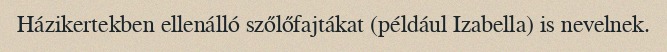
Házikertekben ellenálló szőlőfajtákat (például Izabella) is nevelnek.